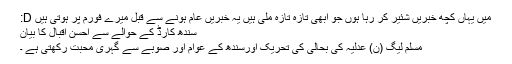
میں‌ یہاں کچھ خبریں شئیر کر رہا ہوں جو ابھی تازہ تازہ ملی ہیں یہ خبریں عام ہونے سے قبل میرے فورم پر ہوتی ہیں D:
سندھ کارڈ کے حوالے سے احسن اقبال کا بیان
مسلم لیگ (ن) عدلیہ کی بحالی کی تحریک اورسندھ کے عوام اور صوبے سے گہری محبت رکھتی ہے ۔